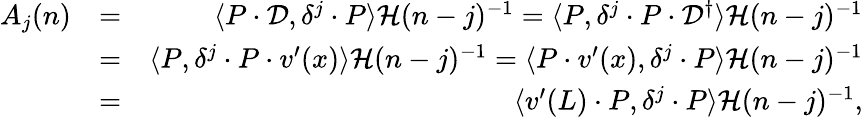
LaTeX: \begin{array}{rlr}{A_{j}(n)}&{=}&{\langle P\cdot\mathcal{D},\delta^{j}\cdot P\rangle\mathcal{H}(n-j)^{-1}=\langle P,\delta^{j}\cdot P\cdot\mathcal{D}^{\dagger}\rangle\mathcal{H}(n-j)^{-1}}\\ &{=}&{\langle P,\delta^{j}\cdot P\cdot v^{\prime}(x)\rangle\mathcal{H}(n-j)^{-1}=\langle P\cdot v^{\prime}(x),\delta^{j}\cdot P\rangle\mathcal{H}(n-j)^{-1}}\\ &{=}&{\langle v^{\prime}(L)\cdot P,\delta^{j}\cdot P\rangle\mathcal{H}(n-j)^{-1},}\end{array}